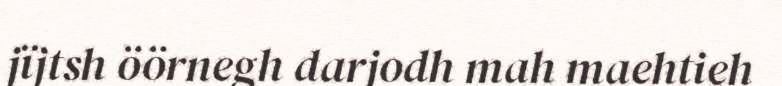
jïjtsh öörnegh darjodh mah maehtieh